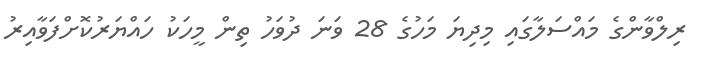
ރިލްވާންގެ މައްސަލާގައި މިދިޔަ މަހުގެ 28 ވަނަ ދުވަހު ތިން މީހަކު ހައްޔަރުކޮށްފަވާއިރު